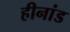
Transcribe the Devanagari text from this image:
हीनांड